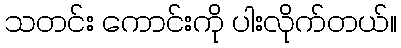
သတင်း ကောင်းကို ပါးလိုက်တယ်။